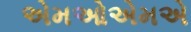
એમઓએમએ